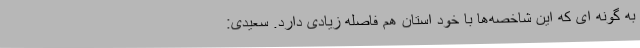
به گونه ای که این شاخصه‌ها با خود استان هم فاصله زیادی دارد. سعیدی: